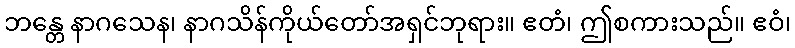
ဘန္တေ နာဂသေန၊ နာဂသိန်ကိုယ်တော်အရှင်ဘုရား။ ဧတံ၊ ဤစကားသည်။ ဧဝံ၊